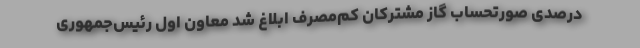
درصدی صورتحساب گاز مشترکان کم‌مصرف ابلاغ شد معاون اول رئیس‌جمهوری